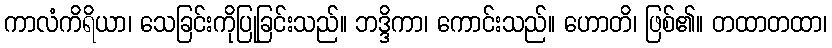
ကာလံကိရိယာ၊ သေခြင်းကိုပြုခြင်းသည်။ ဘဒ္ဒိကာ၊ ကောင်းသည်။ ဟောတိ၊ ဖြစ်၏။ တထာတထာ၊